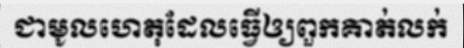
ជាមូលហេតុដែលធ្វើឲ្យពួកគាត់លក់